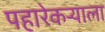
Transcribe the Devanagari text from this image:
पहारेकर्‍याला